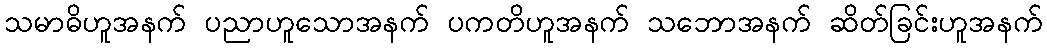
သမာဓိဟူအနက် ပညာဟူသောအနက် ပကတိဟူအနက် သဘောအနက် ဆိတ်ခြင်းဟူအနက်